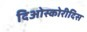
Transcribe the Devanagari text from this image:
दिओस्कोरीदिस